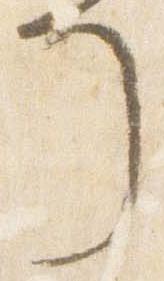
了